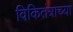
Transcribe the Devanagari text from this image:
विकितंत्राच्या